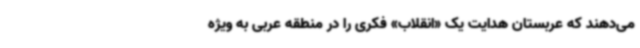
می‌دهند که عربستان هدایت یک «انقلاب» فکری را در منطقه عربی به ویژه